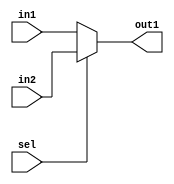
`timescale 1ns / 1ps


module mux_2_1 #(parameter n = 16)
(output 		[n-1:0]		out1,
 input 		[n-1:0]		in1,
 input 		[n-1:0]		in2,
 input             		sel
    );

assign out1=(sel==1)? in2:in1;

endmodule